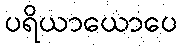
ပရိယာယောပေ